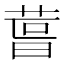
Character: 𮏪